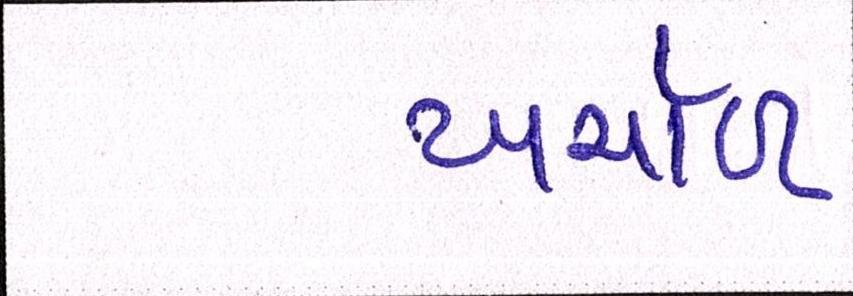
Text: ખર્ચાળ